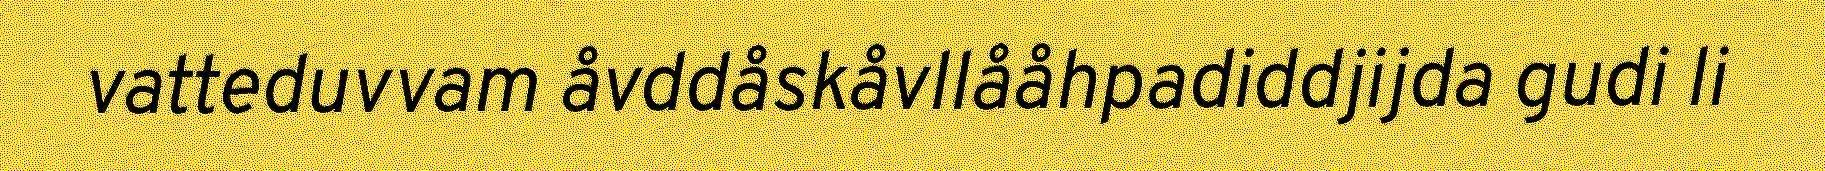
vatteduvvam åvddåskåvllååhpadiddjijda gudi li